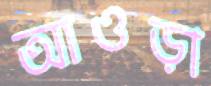
আওড়া